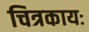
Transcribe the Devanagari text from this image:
चित्रकायः